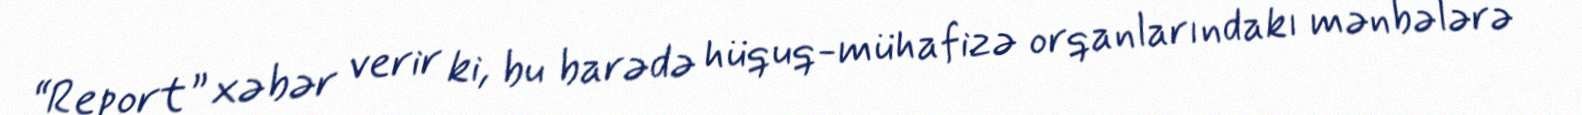
“Report” xəbər verir ki, bu barədə hüquq-mühafizə orqanlarındakı mənbələrə